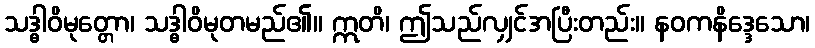
သဒ္ဓါဝိမုတ္တော၊ သဒ္ဓါဝိမုတမည်၏။ ဣတိ၊ ဤသည်လျှင်အပြီးတည်း။ နဝကနိဒ္ဒေသော၊